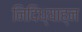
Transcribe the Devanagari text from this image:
निदिध्याह्न